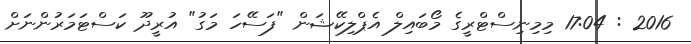
2016 : 17:04 މިމިނިސްޓްރީގެ މޯބައިލް އެޕްލިކޭޝަން "ފަސޭހަ މަގު" އުރީދޫ ކަސްޓަމަރުންނަށް